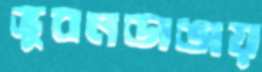
ভুবনডাঙায়